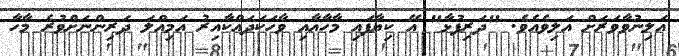
އަލިނުވާވަރަށް އަލިވެއެވެ. "ދަރިފުޅާ" އޭ ކިޔާފައި މާހާއާއި ވާހަކަދައްކާއިރު އަމިއްލަ ދަރިންނަށްވުރެ މާހާ